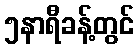
၅နာရီခန့်တွင်